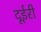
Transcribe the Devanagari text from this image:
दूईरी